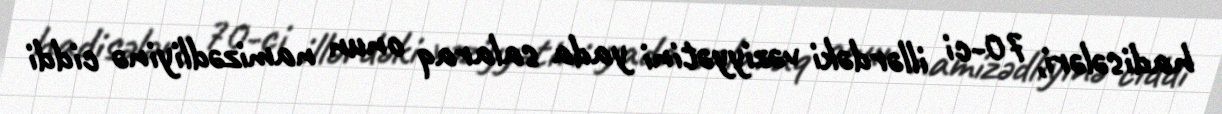
hadisələri, 70-ci illərdəki vəziyyətini yada salaraq onun namizədliyinə ciddi